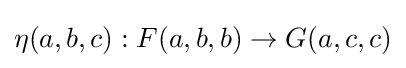
\eta (a,b,c):F(a,b,b)\rightarrow G(a,c,c)